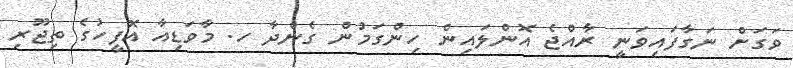
ވަގަށް ނަގާފައިވަނީ ރާއްޖެ އޮންލައިން ހިންގަމުން ގެންދާ ހ. މާވަޑިއާ އޮފީހުގެ ތިޖޫރި